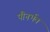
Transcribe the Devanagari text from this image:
पौनर्भव